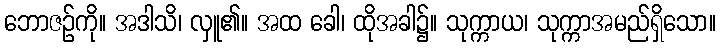
ဘောဇဉ်ကို။ အဒါသိ၊ လှူ၏။ အထ ခေါ၊ ထိုအခါ၌။ သုက္ကာယ၊ သုက္ကာအမည်ရှိသော။